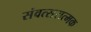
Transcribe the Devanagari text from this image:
संवत्सरात्मक